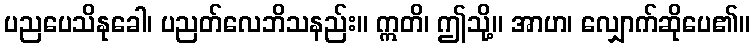
ပညပေသိနုခေါ၊ ပညတ်လေဘိသနည်း။ ဣတိ၊ ဤသို့။ အာဟ၊ လျှောက်ဆိုပေ၏။